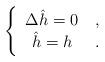
LaTeX: \begin{align*}\Bigg\{ \begin{tabular}{cc}$\Delta \hat{h}=0$ & ,\\$\hat{h}=h$ & .\end{tabular}\end{align*}